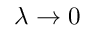
\lambda \to 0